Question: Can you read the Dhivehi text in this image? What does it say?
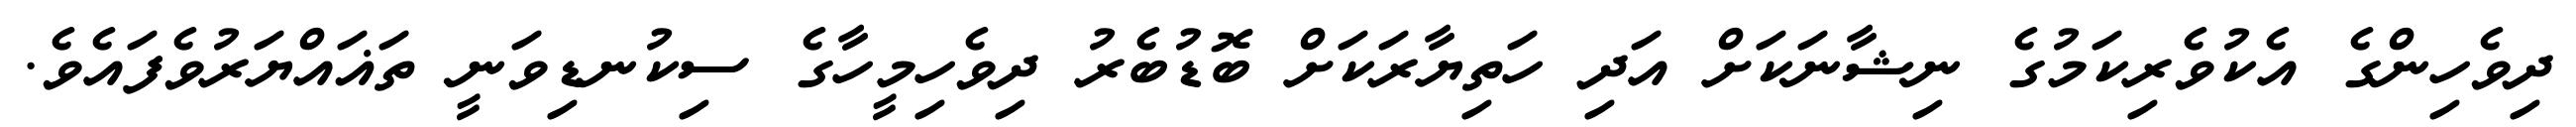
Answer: ދިވެހިންގެ އެކުވެރިކަމުގެ ނިޝާނަކަށް އަދި ހަތިޔާރަކަށް ބޮޑުބެރު ދިވެހިމީހާގެ ސިކުނޑިވަނީ ތަޣައްޔަރުވެފައެވެ.